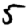
Digit: 5